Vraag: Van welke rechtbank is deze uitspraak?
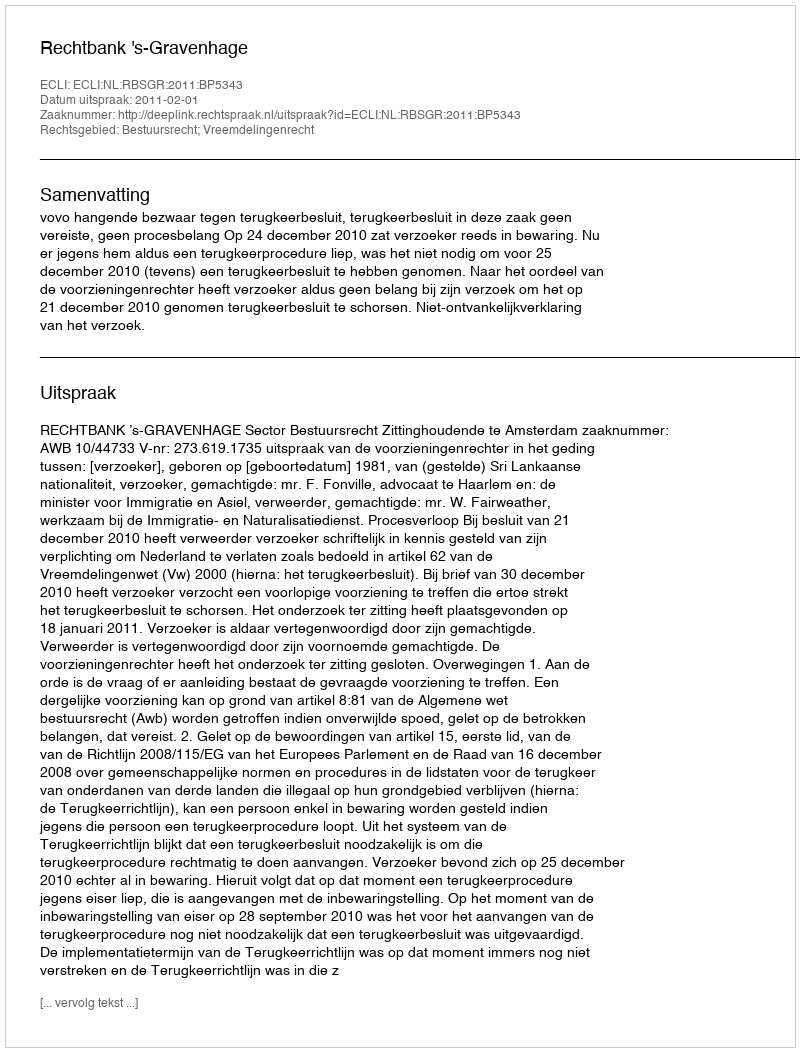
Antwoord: Rechtbank 's-Gravenhage